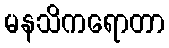
မနသိကရောတာ